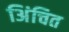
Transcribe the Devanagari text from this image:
अिंचित